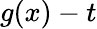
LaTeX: g(x)-t